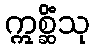
ဣစ္ဆိံသု